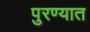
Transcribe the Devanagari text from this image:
पुरण्यात